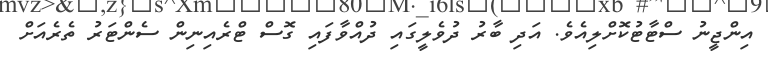
އިންޖީނު ސްޓާޓުކޮށްލިއެވެ. އަދި ބާރު ދުވެލީގައި ދުއްވާފައި ގޮސް ޓްރެއިނިން ސެންޓަރު ތެރެއަށް